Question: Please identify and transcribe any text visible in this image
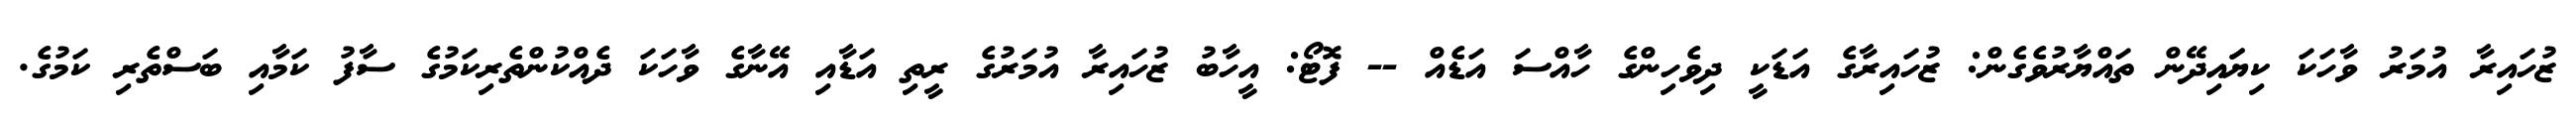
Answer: ޒުހައިރާ އުމަރު ވާހަކަ ކިޔަައިދޭން ތައްޔާރުވެގެން: ޒުހައިރާގެ އަޑަކީ ދިވެހިންގެ ހާއްސަ އަޑެއް -- ފޮޓޯ: އީހާބު ޒުހައިރާ އުމަރުގެ ރީތި އަޑާއި އޭނާގެ ވާހަކަ ދެއްކުންތެރިކަމުގެ ސާފު ކަމާއި ބަސްތެރި ކަމުގެ.